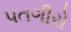
પતગીરો